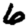
Digit: 6